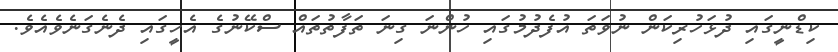
ކިޑްނީގައި ދުޅަހުރިކަން ނުވަތަ އުފެދުމުގައި ހުންނަ ގިނަ ތަފާތުތައް ސްކޭނުގެ އެހީގައި ދެނެގަނެވެއެވެ.